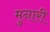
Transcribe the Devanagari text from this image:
मुनारी